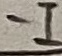
Text: -I